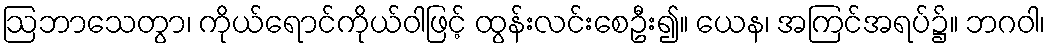
ဩဘာသေတွာ၊ ကိုယ်ရောင်ကိုယ်ဝါဖြင့် ထွန်းလင်းစေဦး၍။ ယေန၊ အကြင်အရပ်၌။ ဘဂဝါ၊